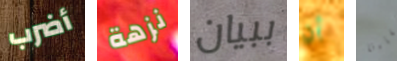
أضرب نزهة ببيان أن لقاءنا